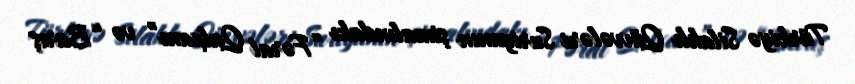
Türkiyə Silahlı Qüvvələri Suriyanın şimalındakı “Fərat Qalxanı” və “Barış